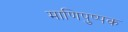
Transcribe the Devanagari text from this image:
माणिपुष्पक